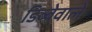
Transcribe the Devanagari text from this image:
डिब्बेवाले